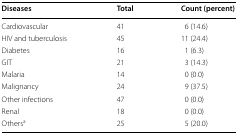
| Diseases | Total | Count (percent) |
 | --- | --- | --- |
 | Cardiovascular | 41 | 6 (14.6) |
 | HIV and tuberculosis | 45 | 11 (24.4) |
 | Diabetes | 16 | 1 (6.3) |
 | GIT | 21 | 3 (14.3) |
 | Malaria | 14 | 0 (0.0) |
 | Malignancy | 24 | 9 (37.5) |
 | Other infections | 47 | 0 (0.0) |
 | Renal | 18 | 0 (0.0) |
 | Othersa | 25 | 5 (20.0) |